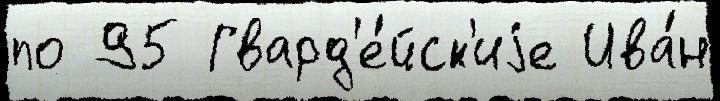
по 95 Гвард'е́йск'иjе Ива́н